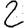
Digit: 2